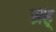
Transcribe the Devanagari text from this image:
ब्रह्